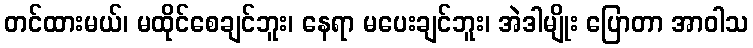
တင်ထားမယ်၊ မထိုင်စေချင်ဘူး၊ နေရာ မပေးချင်ဘူး၊ အဲဒါမျိုး ပြောတာ အာဝါသ